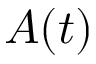
A ( t )